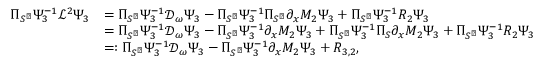
\begin{array} { r l } { \Pi _ { S ^ { \perp } } \Psi _ { 3 } ^ { - 1 } \mathcal { L } ^ { 2 } \Psi _ { 3 } } & { = \Pi _ { S ^ { \perp } } \Psi _ { 3 } ^ { - 1 } \mathcal { D } _ { \omega } \Psi _ { 3 } - \Pi _ { S ^ { \perp } } \Psi _ { 3 } ^ { - 1 } \Pi _ { S ^ { \perp } } \partial _ { x } M _ { 2 } \Psi _ { 3 } + \Pi _ { S ^ { \perp } } \Psi _ { 3 } ^ { - 1 } R _ { 2 } \Psi _ { 3 } } \\ & { = \Pi _ { S ^ { \perp } } \Psi _ { 3 } ^ { - 1 } \mathcal { D } _ { \omega } \Psi _ { 3 } - \Pi _ { S ^ { \perp } } \Psi _ { 3 } ^ { - 1 } \partial _ { x } M _ { 2 } \Psi _ { 3 } + \Pi _ { S ^ { \perp } } \Psi _ { 3 } ^ { - 1 } \Pi _ { S } \partial _ { x } M _ { 2 } \Psi _ { 3 } + \Pi _ { S ^ { \perp } } \Psi _ { 3 } ^ { - 1 } R _ { 2 } \Psi _ { 3 } } \\ & { = : \Pi _ { S ^ { \perp } } \Psi _ { 3 } ^ { - 1 } \mathcal { D } _ { \omega } \Psi _ { 3 } - \Pi _ { S ^ { \perp } } \Psi _ { 3 } ^ { - 1 } \partial _ { x } M _ { 2 } \Psi _ { 3 } + R _ { 3 , 2 } , } \end{array}